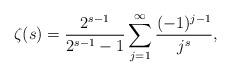
LaTeX: \begin{align*}\zeta (s)\allowbreak =\allowbreak \frac{2^{s-1}}{2^{s-1}-1}\sum_{j=1}^{\infty }\frac{(-1)^{j-1}}{j^{s}}, \end{align*}